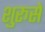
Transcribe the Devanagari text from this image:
शुरूसे